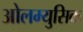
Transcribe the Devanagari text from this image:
ओलम्युसिक